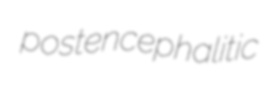
postencephalitic